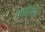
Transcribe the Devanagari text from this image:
पदोन्ति